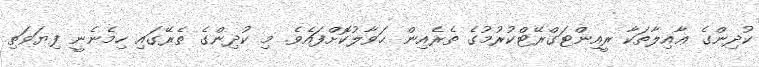
ކުދިންގެ ޢާއިލާތަކާ ރީއިންޓަގްރޭޓްކުރުމުގެ ތެރެއިން ޙަވާލުކޮށްފައެވެ. މި ކުދިންގެ ތެރޭގައި ހިމެނެނީ ފިޔަވަތި